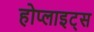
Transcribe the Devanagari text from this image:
होप्लाइट्स